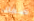
صفك